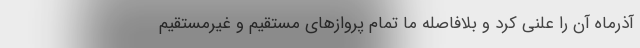
آذرماه آن را علنی کرد و بلافاصله ما تمام پروازهای مستقیم و غیرمستقیم